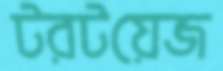
টরটয়েজ